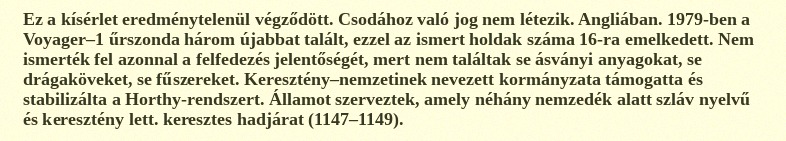
Ez a kísérlet eredménytelenül végződött. Csodához való jog nem létezik. Angliában. 1979-ben a Voyager–1 űrszonda három újabbat talált, ezzel az ismert holdak száma 16-ra emelkedett. Nem ismerték fel azonnal a felfedezés jelentőségét, mert nem találtak se ásványi anyagokat, se drágaköveket, se fűszereket. Keresztény–nemzetinek nevezett kormányzata támogatta és stabilizálta a Horthy-rendszert. Államot szerveztek, amely néhány nemzedék alatt szláv nyelvű és keresztény lett. keresztes hadjárat (1147–1149).